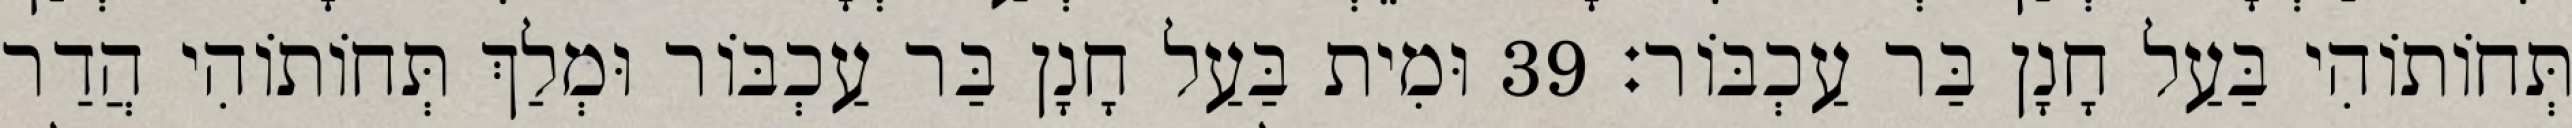
תְּחוֹתוֹהִי בַּעַל חָנָן בַּר עַכְבּוֹר׃ 39 וּמִית בַּעַל חָנָן בַּר עַכְבּוֹר וּמְלַךְ תְּחוֹתוֹהִי הֲדַר